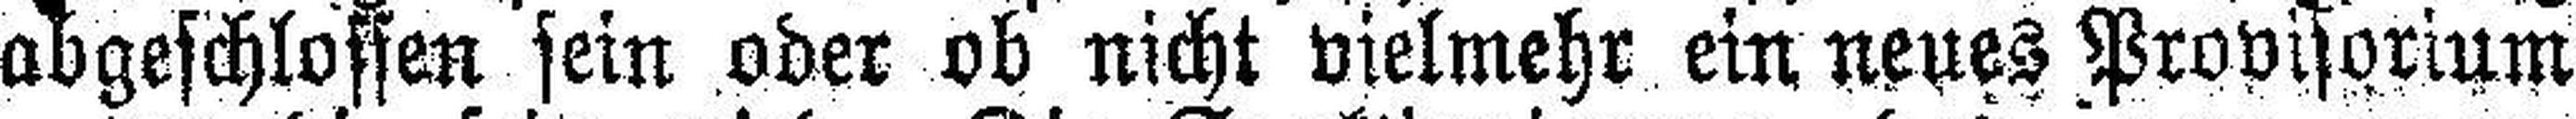
abgeschlossen sein oder ob nicht vielmehr ein neues Provisorium